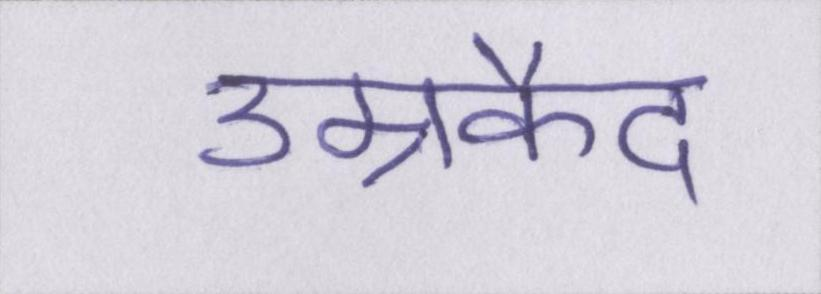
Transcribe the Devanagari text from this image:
उम्रकैद